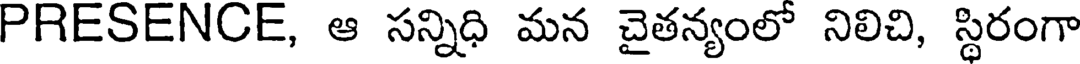
PRESENCE, ఆ సన్నిధి మన చైతన్యంలో నిలిచి, స్థిరంగా